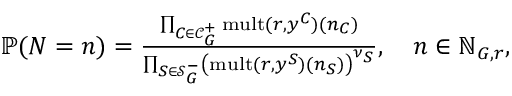
\begin{array} { r } { \mathbb { P } ( N = n ) = \frac { \prod _ { C \in \mathcal { C } _ { G } ^ { + } } \operatorname { m u l t } ( r , y ^ { C } ) ( n _ { C } ) } { \prod _ { S \in \mathcal { S } _ { G } ^ { - } } \left( \operatorname { m u l t } ( r , y ^ { S } ) ( n _ { S } ) \right) ^ { \nu _ { S } } } , \quad n \in \mathbb N _ { G , r } , } \end{array}